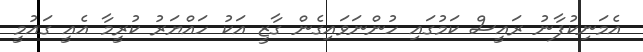
އެމަނިކުފާނު ރައީސް ކަމުގައި ހުންނަވައިގެން ގާޒީ އަކު ހައްޔަރު ކުރީމާ އެއީ ގައުމީ